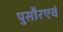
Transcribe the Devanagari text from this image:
पुसौरएवं